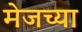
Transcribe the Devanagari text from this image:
मेजच्या